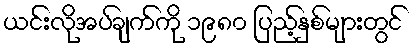
ယင်းလိုအပ်ချက်ကို ၁၉၈၀ ပြည့်နှစ်များတွင်